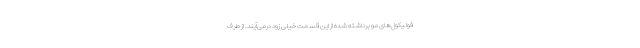
فولیکول‌های مو برداشته شده از این قسمت خیلی زود درمی‌آیند. از طرف